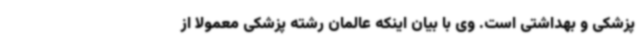
پزشکی و بهداشتی است. وی با بیان اینکه عالمان رشته پزشکی معمولا از